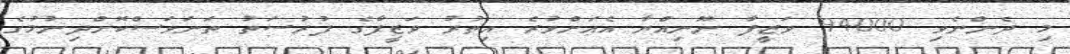
މި ދެންނެވި 94000 ވަޒީފާ ނޫނިއްޔާ އެއަށްވުރެ އިތުރު ވަޒީފާގެ ފުރުސަތު ތަނަވަސްކޮށްދިނުމުގެ